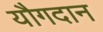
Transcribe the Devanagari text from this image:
यौगदान